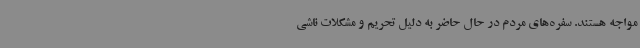
مواجه هستند. سفره‌های مردم در حال حاضر به دلیل تحریم و مشکلات ناشی